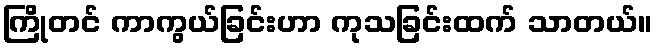
ကြိုတင် ကာကွယ်ခြင်းဟာ ကုသခြင်းထက် သာတယ်။